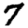
Digit: 7